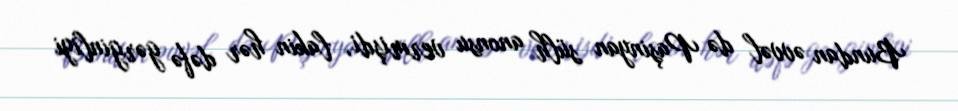
Bundan əvvəl də Paşinyan sülh anonsu vermişdi, lakin hər dəfə gərginliyi